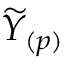
\widetilde { Y } _ { ( p ) }